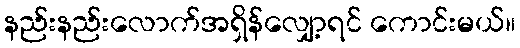
နည်းနည်းလောက်အရှိန်လျှော့ရင် ကောင်းမယ်။